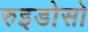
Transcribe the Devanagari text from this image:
रुइडोसो